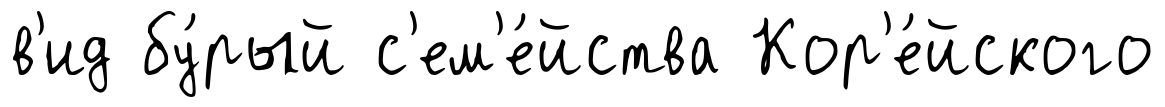
в'ид бу́рый с'ем'е́йства Кор'е́йского